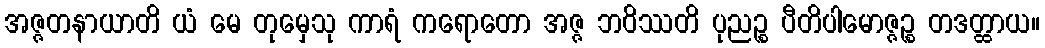
အဇ္ဇတနာယာတိ ယံ မေ တုမှေသု ကာရံ ကရောတော အဇ္ဇ ဘဝိဿတိ ပုညဉ္စ ပီတိပါမောဇ္ဇဉ္စ တဒတ္ထာယ။